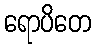
ရောပိတေ